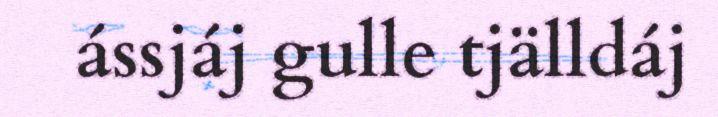
ássjáj gulle tjälldáj